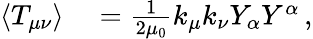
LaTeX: \begin{array}{rl}{\langle T_{\mu\nu}\rangle}&{{}=\frac{1}{2\mu_{0}}k_{\mu}k_{\nu}Y_{\alpha}Y^{\alpha}\, ,}\end{array}